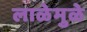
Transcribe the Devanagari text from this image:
लाळेमुळे